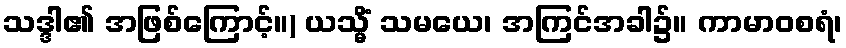
သဒ္ဒါ၏ အဖြစ်ကြောင့်။) ယသ္မိံ သမယေ၊ အကြင်အခါ၌။ ကာမာဝစရံ၊